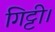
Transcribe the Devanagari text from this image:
गिट्टी।